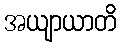
အယျာယာတိ